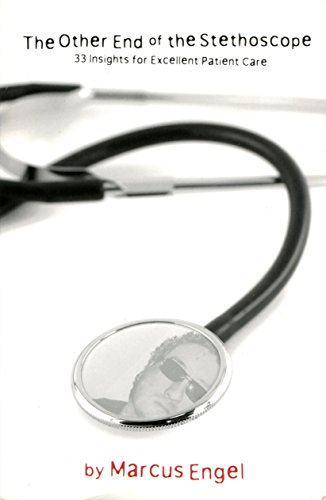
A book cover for The Other End Of The Stethoscope - 33 Insights for Excellent Patient Care; Marcus Engel; Medical Books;